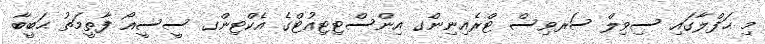
މި ޙަފްލާގައި ސިވިލް ސަރވިސް ޓްރެއިނިންގ އިންސްޓިޓިއުޓްގެ އެކްޓިންގ ސީސީއޯ ފާތީމަތު ޙަބީބާ